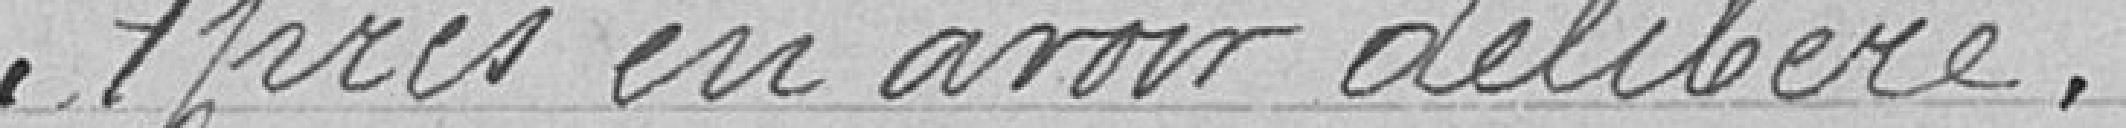
Après en avoir délibéré.